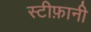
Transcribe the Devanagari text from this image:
स्टीफ़ानी